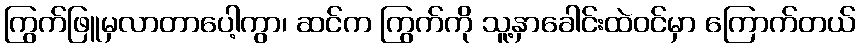
ကြွက်ဖြူမှလာတာပေါ့ကွာ၊ ဆင်က ကြွက်ကို သူ့နှာခေါင်းထဲဝင်မှာ ကြောက်တယ်